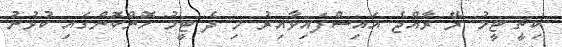
ކިޗީ ޓީމު ރޭ ރާއްޖެ އައިސްފައިވާއިރު މި ދެ ޓީމު ހޮންކޮންގައި ކުޅުނު